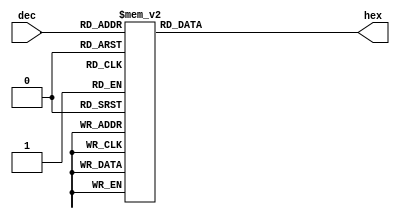
module dectohex(
input [3:0] dec,
output reg[6:0] hex
);
always @(*) begin
    case(dec)
    4'd0:   hex=7'b1000000;
    4'd1:   hex=7'b1111001;
    4'd2:   hex=7'b0100100;
    4'd3:   hex=7'b0110000;
    4'd4:   hex=7'b0011001;
    4'd5:   hex=7'b001001;
    4'd6:   hex=7'b0000010;
    4'd7:   hex=7'b1111000;
    4'd8:   hex=7'b0000000;
    4'd9:   hex=7'b0010000;
    4'd10:  hex=7'b0001000;
    4'd11:  hex=7'b0100001;
    4'd12:  hex=7'b1000110;
    4'd13:  hex=7'b0000011;
    4'd14:  hex=7'b0000110;
    4'd15:  hex=7'b0001110; 
    endcase
 end
endmodule